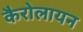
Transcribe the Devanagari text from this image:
कैरोलायन